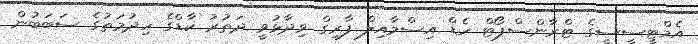
އެމްޓީސީސީގެ ޓްރާންސްޕޯޓް ހެޑް އިސްމާއިލް ފާރިގް ވިދާޅުވީ ދަތުރު ކާޑްގެ ހިދުމަތުގެ ސަބަބުން